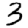
Digit: 3